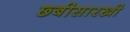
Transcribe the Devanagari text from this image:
छ्बीसारखी